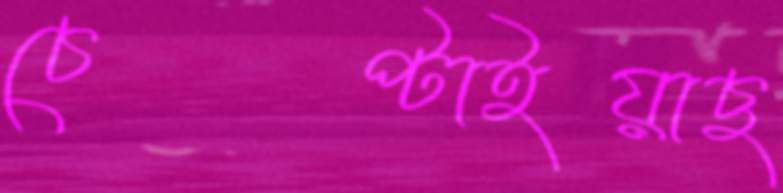
চেপ্‌টাইয়াছ